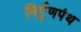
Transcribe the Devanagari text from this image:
निर्गुणपंथ